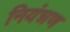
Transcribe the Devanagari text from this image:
नियंन्नण